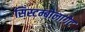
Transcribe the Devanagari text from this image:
सिस्टम्बोलागेट